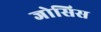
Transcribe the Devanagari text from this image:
जोसिस